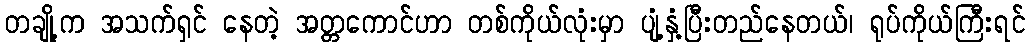
တချို့က အသက်ရှင် နေတဲ့ အတ္တကောင်ဟာ တစ်ကိုယ်လုံးမှာ ပျံ့နှံ့ပြီးတည်နေတယ်၊ ရုပ်ကိုယ်ကြီးရင်